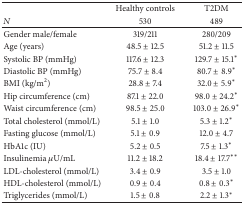
|  | Healthy controls | T2DM |
 | N | 530 | 489 |
 | --- | --- | --- |
 | Gender male/female | 319/211 | 280/209 |
 | Age (years) | 48.5 ± 12.5 | 51.2 ± 11.5 |
 | Systolic BP (mmHg) | 117.6 ± 12.3 | 129.7 ± 15.1∗ |
 | Diastolic BP (mmHg) | 75.7 ± 8.4 | 80.7 ± 8.9∗ |
 | BMI (kg/m2) | 28.8 ± 7.4 | 32.0 ± 5.9∗ |
 | Hip circumference (cm) | 87.1 ± 22.0 | 98.0 ± 24.2∗ |
 | Waist circumference (cm) | 98.5 ± 25.0 | 103.0 ± 26.9∗ |
 | Total cholesterol (mmol/L) | 5.1 ± 1.0 | 5.3 ± 1.2∗ |
 | Fasting glucose (mmol/L) | 5.1 ± 0.9 | 12.0 ± 4.7 |
 | HbA1c (IU) | 5.2 ± 0.5 | 7.5 ± 1.3∗ |
 | Insulinemia μU/mL | 11.2 ± 18.2 | 18.4 ± 17.7∗∗ |
 | LDL-cholesterol (mmol/L) | 3.4 ± 0.9 | 3.5 ± 1.0 |
 | HDL-cholesterol (mmol/L) | 0.9 ± 0.4 | 0.8 ± 0.3∗ |
 | Triglycerides (mmol/L) | 1.5 ± 0.8 | 2.2 ± 1.3∗ |